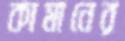
কামানের